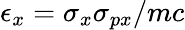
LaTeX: \epsilon_{x}=\sigma_{x}\sigma_{px}/mc